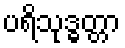
ပရိသုဒ္ဓတ္တာ